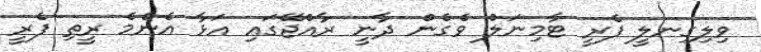
ވިލިގިނލީ ފެރީ ޓާމިނަލް ވެގެން ދާނީ ރާއްޖޭގައި އަޅާ އެންމެ ރީތި ފެރީ